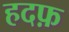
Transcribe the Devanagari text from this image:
हदफ़